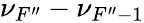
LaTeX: \nu_{F^{\prime\prime}}-\nu_{F^{\prime\prime}-1}